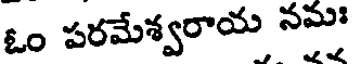
ఓం పరమేశ్వరాయ నమః